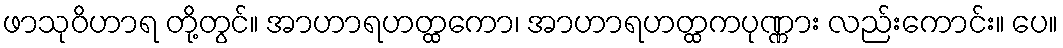
ဖာသုဝိဟာရ တို့တွင်။ အာဟာရဟတ္ထကော၊ အာဟာရဟတ္ထကပုဏ္ဏား လည်းကောင်း။ ပေ။